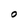
Character: O